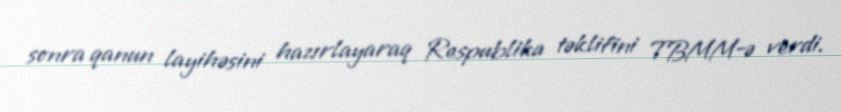
sonra qanun layihəsini hazırlayaraq Respublika təklifini TBMM-ə verdi.